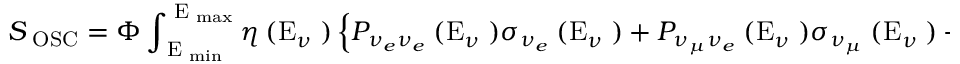
S _ { \mathrm { \tiny ~ O S C } } = \Phi \int _ { { \mathrm { \tiny ~ E } } _ { \mathrm { \tiny ~ m i n } } } ^ { { \mathrm { \tiny ~ E } } _ { \mathrm { \tiny ~ m a x } } } \eta { \mathrm { \tiny ~ ( E } } _ { \nu } \mathrm { \tiny ~ ) } \left\{ P _ { \nu _ { e } \nu _ { e } } { \mathrm { \tiny ~ ( E } } _ { \nu } \mathrm { \tiny ~ ) } \sigma _ { \nu _ { e } } { \mathrm { \tiny ~ ( E } } _ { \nu } \mathrm { \tiny ~ ) } + P _ { \nu _ { \mu } \nu _ { e } } { \mathrm { \tiny ~ ( E } } _ { \nu } \mathrm { \tiny ~ ) } \sigma _ { \nu _ { \mu } } { \mathrm { \tiny ~ ( E } } _ { \nu } \mathrm { \tiny ~ ) } + P _ { \nu _ { \tau } \nu _ { e } } { \mathrm { \tiny ~ ( E } } _ { \nu } \mathrm { \tiny ~ ) } \sigma _ { \nu _ { \tau } } { \mathrm { \tiny ~ ( E } } _ { \nu } \mathrm { \tiny ~ ) } \right\} d E _ { \nu }